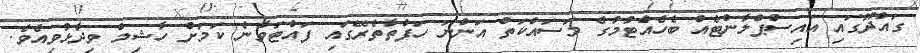
ގައްދޫގައި އައިސްޕްލާންޓެއް ބެހެއްޓުމުގެ މަސައްކަތް އަންނަ ހަފްތާތެރޭގައި ފައްޓަވާނެ ކަމަށް ހާޝިމް ވިދާޅުވިއެވެ.